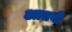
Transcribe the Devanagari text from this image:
आतवी